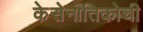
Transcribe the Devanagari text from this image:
केसेनातिकोची